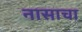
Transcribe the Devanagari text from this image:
नासाचा